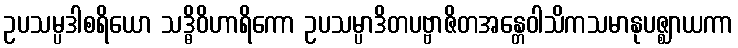
ဥပသမ္ပဒါစရိယော သဒ္ဓိဝိဟာရိကော ဥပသမ္ပာဒိတပဗ္ဗာဇိတအန္တေဝါသိကသမာနုပဇ္ဈာယကာ